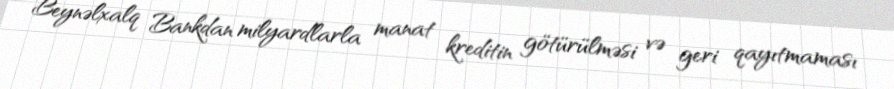
Beynəlxalq Bankdan milyardlarla manat kreditin götürülməsi və geri qayıtmaması